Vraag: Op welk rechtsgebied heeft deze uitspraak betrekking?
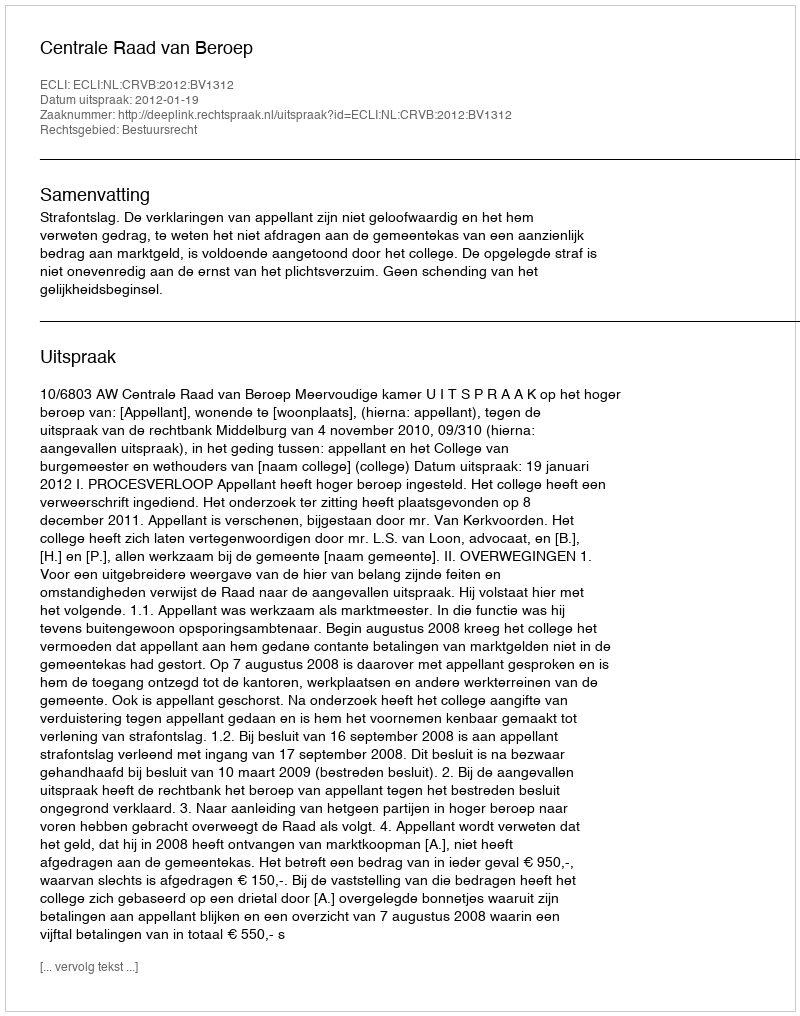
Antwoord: Bestuursrecht